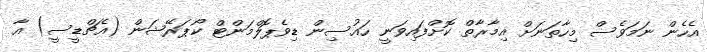
އެހެން ނަމަވެސް މިހާތަނަށް އިމާރާތް ކޮށްފައިވަނީ ހައުސިން ޑިވެޕޮލްމަންޓް ކޯޕަރޭޝަން (އެޗްޑީސީ) އާ